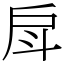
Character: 戽